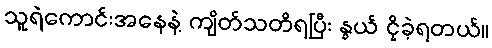
သူရဲကောင်းအနေနဲ့ ကျိတ်သတိရပြီး နွယ် ငိုခဲ့ရတယ်။